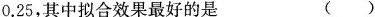
0.25，其中拟合效果最好的是 ()